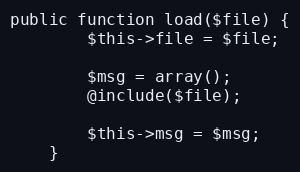
Language: PHP
public function load($file) {
		$this->file = $file;

		$msg = array();
		@include($file);

		$this->msg = $msg;
	}